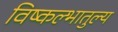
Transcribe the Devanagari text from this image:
विष्कल्भातुल्य